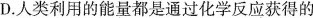
D.人类利用的能量都是通过化学反应获得的